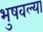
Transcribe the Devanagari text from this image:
भुषवल्या